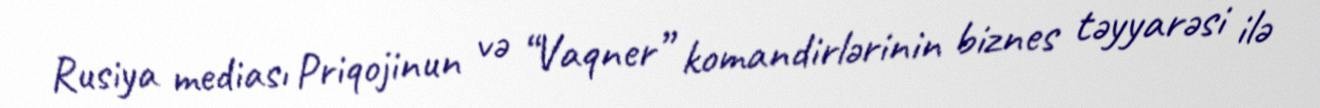
Rusiya mediası Priqojinun və “Vaqner” komandirlərinin biznes təyyarəsi ilə